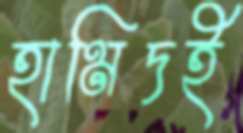
হামিদই